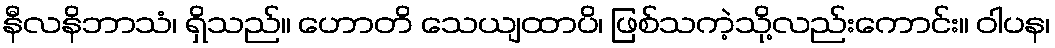
နီလနိဘာသံ၊ ရှိသည်။ ဟောတိ သေယျထာပိ၊ ဖြစ်သကဲ့သို့လည်းကောင်း။ ဝါပန၊